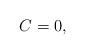
LaTeX: \begin{align*}C = 0,\end{align*}